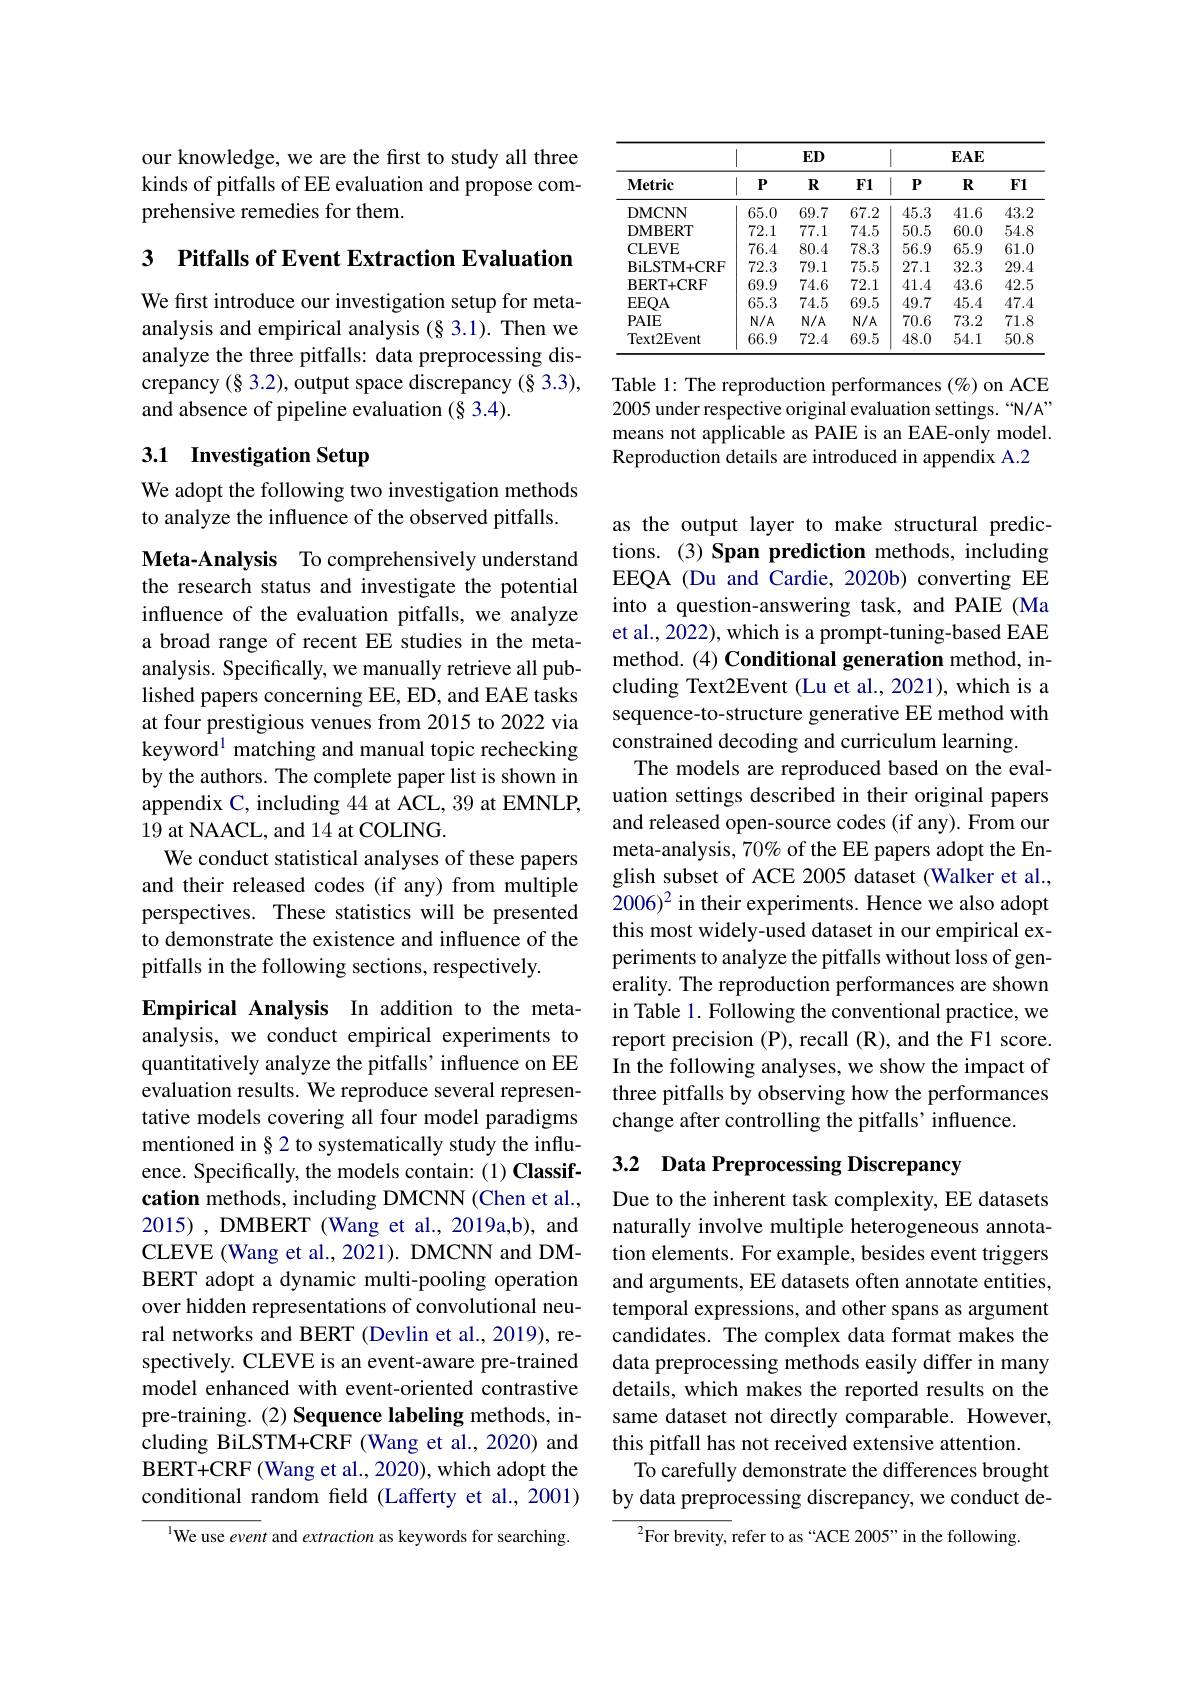
our knowledge, we are the first to study all three kinds of pitfalls of EE evaluation and propose comprehensive remedies for them.

3 $\textbf{Pitfalls of Event Extraction Evaluation}$

We first introduce our investigation setup for metaanalysis and empirical analysis (§ 3.1). Then we analyze the three pitfalls: data preprocessing discrepancy (§ 3.2), output space discrepancy (§ 3.3), and absence of pipeline evaluation (§ 3.4).

# 3.1 Investigation Setup

We adopt the following two investigation methods
to analyze the influence of the observed pitfalls.

Meta-Analysis To comprehensively understand the research status and investigate the potential influence of the evaluation pitfalls, we analyze a broad range of recent EE studies in the metaanalysis. Specifically, we manually retrieve all published papers concerning EE, ED, and EAE tasks at four prestigious venues from 2015 to 2022 via keyword$^{1}$ matching and manual topic rechecking by the authors. The complete paper list is shown in appendix C, including $\dot{44}$ at ACL, 39 at EMNLP, 19 at NAACL, and 14 at COLING.
We conduct statistical analyses of these papers and their released codes (if any) from multiple perspectives. These statistics will be presented to demonstrate the existence and influence of the pitfalls in the following sections, respectively.

Empirical Analysis In addition to the metaanalysis, we conduct empirical experiments to quantitatively analyze the pitfalls' influence on EE evaluation results. We reproduce several representative models covering all four model paradigms mentioned in§2 to systematically study the influence. Specifically, the models contain: (1) Classifcation methods, including DMCNN (Chen et al., 2015), DMBERT (Wang et al., 2019a,b), and CLEVE (Wang et al., 2021). DMCNN and DMBERT adopt a dynamic multi-pooling operation over hidden representations of convolutional neural networks and BERT (Devlin et al., 2019), respectively. CLEVE is an event-aware pre-trained model enhanced with event-oriented contrastive pre-training. (2) Sequence labeling methods, including BiLSTM+CRF (Wang et al., 2020) and BERT+ CRF( Wang et al. , 2020) , which adopt the conditional random field (Lafferty et al., 2001)

$^{1}$We use event and extraction as keywords for searching.

<table>
	<tbody>
		<tr>
			<th rowspan="2">$\mathbf{Metric}$</th>
			<th colspan="3">$ED$</th>
			<th colspan="3">$EAE$</th>
		</tr>
		<tr>
			<th>$P$</th>
			<th>$\mathbf{R}$</th>
			<th>F1</th>
			<th>$P$</th>
			<th>$\mathbf{R}$</th>
			<th>$F1$</th>
		</tr>
		<tr>
			<td>DMCNN</td>
			<td>65.0</td>
			<td>69.7</td>
			<td>67.2</td>
			<td>45.3</td>
			<td>41.6</td>
			<td>43.2</td>
		</tr>
		<tr>
			<td>DMBERT</td>
			<td>72.1</td>
			<td>77.1</td>
			<td>74.5</td>
			<td>50.5</td>
			<td>60.0</td>
			<td>54.8</td>
		</tr>
		<tr>
			<td>CLEVE</td>
			<td>76.4</td>
			<td>80.4</td>
			<td>78.3</td>
			<td>56.9</td>
			<td>65.9</td>
			<td>61. {} </td>
		</tr>
		<tr>
			<td>BiLSTM+ CRF</td>
			<td>72.3</td>
			<td>79.1</td>
			<td>75.5</td>
			<td>27.1</td>
			<td>32.3</td>
			<td>29.4</td>
		</tr>
		<tr>
			<td>BERT+CRF</td>
			<td>69.9</td>
			<td>74.6</td>
			<td>72.1</td>
			<td>41.4</td>
			<td>43.6</td>
			<td>42.5</td>
		</tr>
		<tr>
			<td>EEOA</td>
			<td>65.3</td>
			<td>74.5</td>
			<td>69.5</td>
			<td>49.7</td>
			<td>45.4</td>
			<td>47.4 </td>
		</tr>
		<tr>
			<td>$PAIE$</td>
			<td>$N/A$</td>
			<td>$N/A$</td>
			<td>$N/A$</td>
			<td>70.6</td>
			<td>73.2</td>
			<td>71.8 1</td>
		</tr>
		<tr>
			<td>Text2Event</td>
			<td>66.9</td>
			<td>72.4</td>
			<td>69.5</td>
			<td>48.0</td>
			<td>54.1</td>
			<td>50.8</td>
		</tr>
	</tbody>
</table>

Table 1: The reproduction performances $(\%)$ on ACE 2005 under respective original evaluation settings. “N/A” means not applicable as PAIE is an EAE-only model. Reproduction details are introduced in appendix A.2

as the output layer to make structural predictions. (3) Span prediction methods, including EEQA (Du and Cardie, 2020b) converting EE into a question-answering task, and PAIE (Ma et al., 2022), which is a prompt-tuning-based EAE method. (4) Conditional generation method, including Text2Event (Lu et al., 2021), which is a sequence-to-structure generative EE method with constrained decoding and curriculum learning.
The models are reproduced based on the evaluation settings described in their original papers and released open-source codes (if any). From our meta-analysis, 70% of the EE papers adopt the English subset of ACE 2005 dataset (Walker et al., $2006)^2 in their experiments. Hence we also adopt$ this most widely-used dataset in our empirical experiments to analyze the pitfalls without loss of generality. The reproduction performances are shown in Table 1. Following the conventional practice, we report precision (P), recall (R), and the F1 score. In the following analyses, we show the impact of three pitfalls by observing how the performances change after controlling the pitfalls' influence.

## 3.2 Data Preprocessing Discrepancy

Due to the inherent task complexity, EE datasets naturally involve multiple heterogeneous annotation elements. For example, besides event triggers and arguments, EE datasets often annotate entities, temporal expressions, and other spans as argument candidates. The complex data format makes the data preprocessing methods easily differ in many details, which makes the reported results on the same dataset not directly comparable. However, this pitfall has not received extensive attention.
To carefully demonstrate the differences brought by data preprocessing discrepancy, we conduct de-

$^{2}$For brevity, refer to as“ACE 2005”in the following.